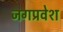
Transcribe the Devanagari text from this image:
जगप्रवेश